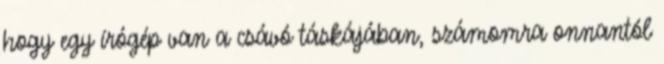
hogy egy írógép van a csávó táskájában, számomra onnantól